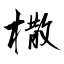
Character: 橵